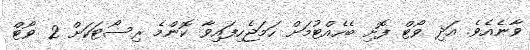
ވާނެއެވެ. އަދި ވޯޓް ފޮށި ބެހެއްޓުމަށް ހަމަޖެހިފައިވާ ކޮންމެ ރިސޯޓަކަށް 2 ވޯޓް